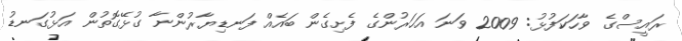
ރައީސްގެ ވާހަކަފުޅު: 2009 ވަނަ އަހަރުންގެ ފެށިގެން ބައެއް ފަނޑިޔާރުންނާ ގުޅޭގޮތުން އަޅުގަނޑު